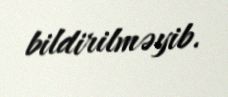
bildirilməyib.